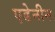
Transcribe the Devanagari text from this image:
एडेनीन